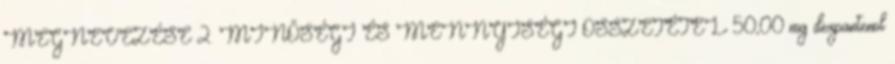
MEGNEVEZÉSE 2. MINŐSÉGI ÉS MENNYISÉGI ÖSSZETÉTEL 50,00 mg dexpantenol